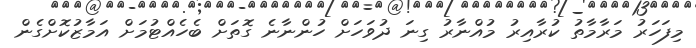
މިފަހަރު މަރާމާތު ކުރާއިރު މުއްނާރު ގިނަ ދުވަހަށް ހުންނާނެ ގޮތަށް ބެހެއްޓުމަށް އަމާޒުކޮށްގެން